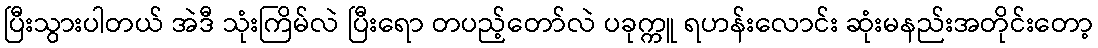
ပြီးသွားပါတယ် အဲဒီ သုံးကြိမ်လဲ ပြီးရော တပည့်တော်လဲ ပခုက္ကူ ရဟန်းလောင်း ဆုံးမနည်းအတိုင်းတော့